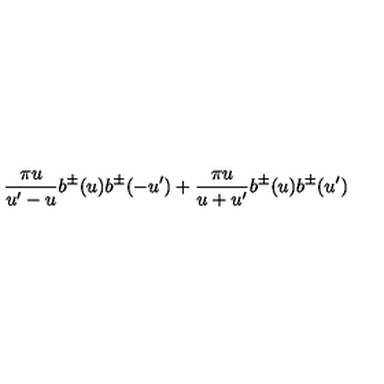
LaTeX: \frac { \pi u } { u ^ { \prime } - u } b ^ { \pm } ( u ) b ^ { \pm } ( - u ^ { \prime } ) + \frac { \pi u } { u + u ^ { \prime } } b ^ { \pm } ( u ) b ^ { \pm } ( u ^ { \prime } )